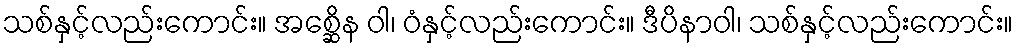
သစ်နှင့်လည်းကောင်း။ အစ္ဆေိန ဝါ၊ ဝံနှင့်လည်းကောင်း။ ဒီပိနာဝါ၊ သစ်နှင့်လည်းကောင်း။